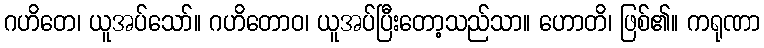
ဂဟိတေ၊ ယူအပ်သော်။ ဂဟိတောဝ၊ ယူအပ်ပြီးတော့သည်သာ။ ဟောတိ၊ ဖြစ်၏။ ကရုဏာ